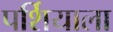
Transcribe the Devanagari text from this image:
पर्शियाला